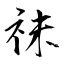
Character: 祙